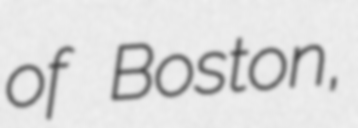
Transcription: of Boston,